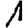
Digit: 1